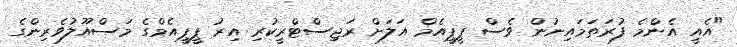
"އެއީ އެންމެ ފުރަތަމައިނުން ވެސް ޕީޕީއެމް އަލަށް ރަޖިސްޓްރީކުރި އިރު ޕީޕީއެމްގެ މަސްއޫލުވެރިންގެ